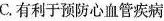
C.有利于预防心血管疾病